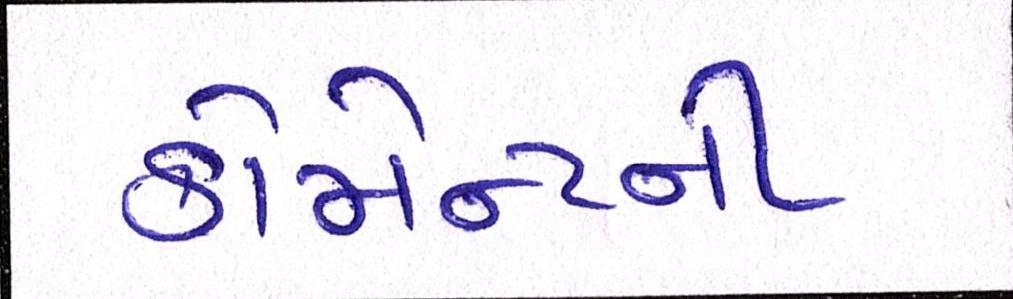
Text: કોમેન્ટની